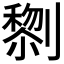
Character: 𭄔